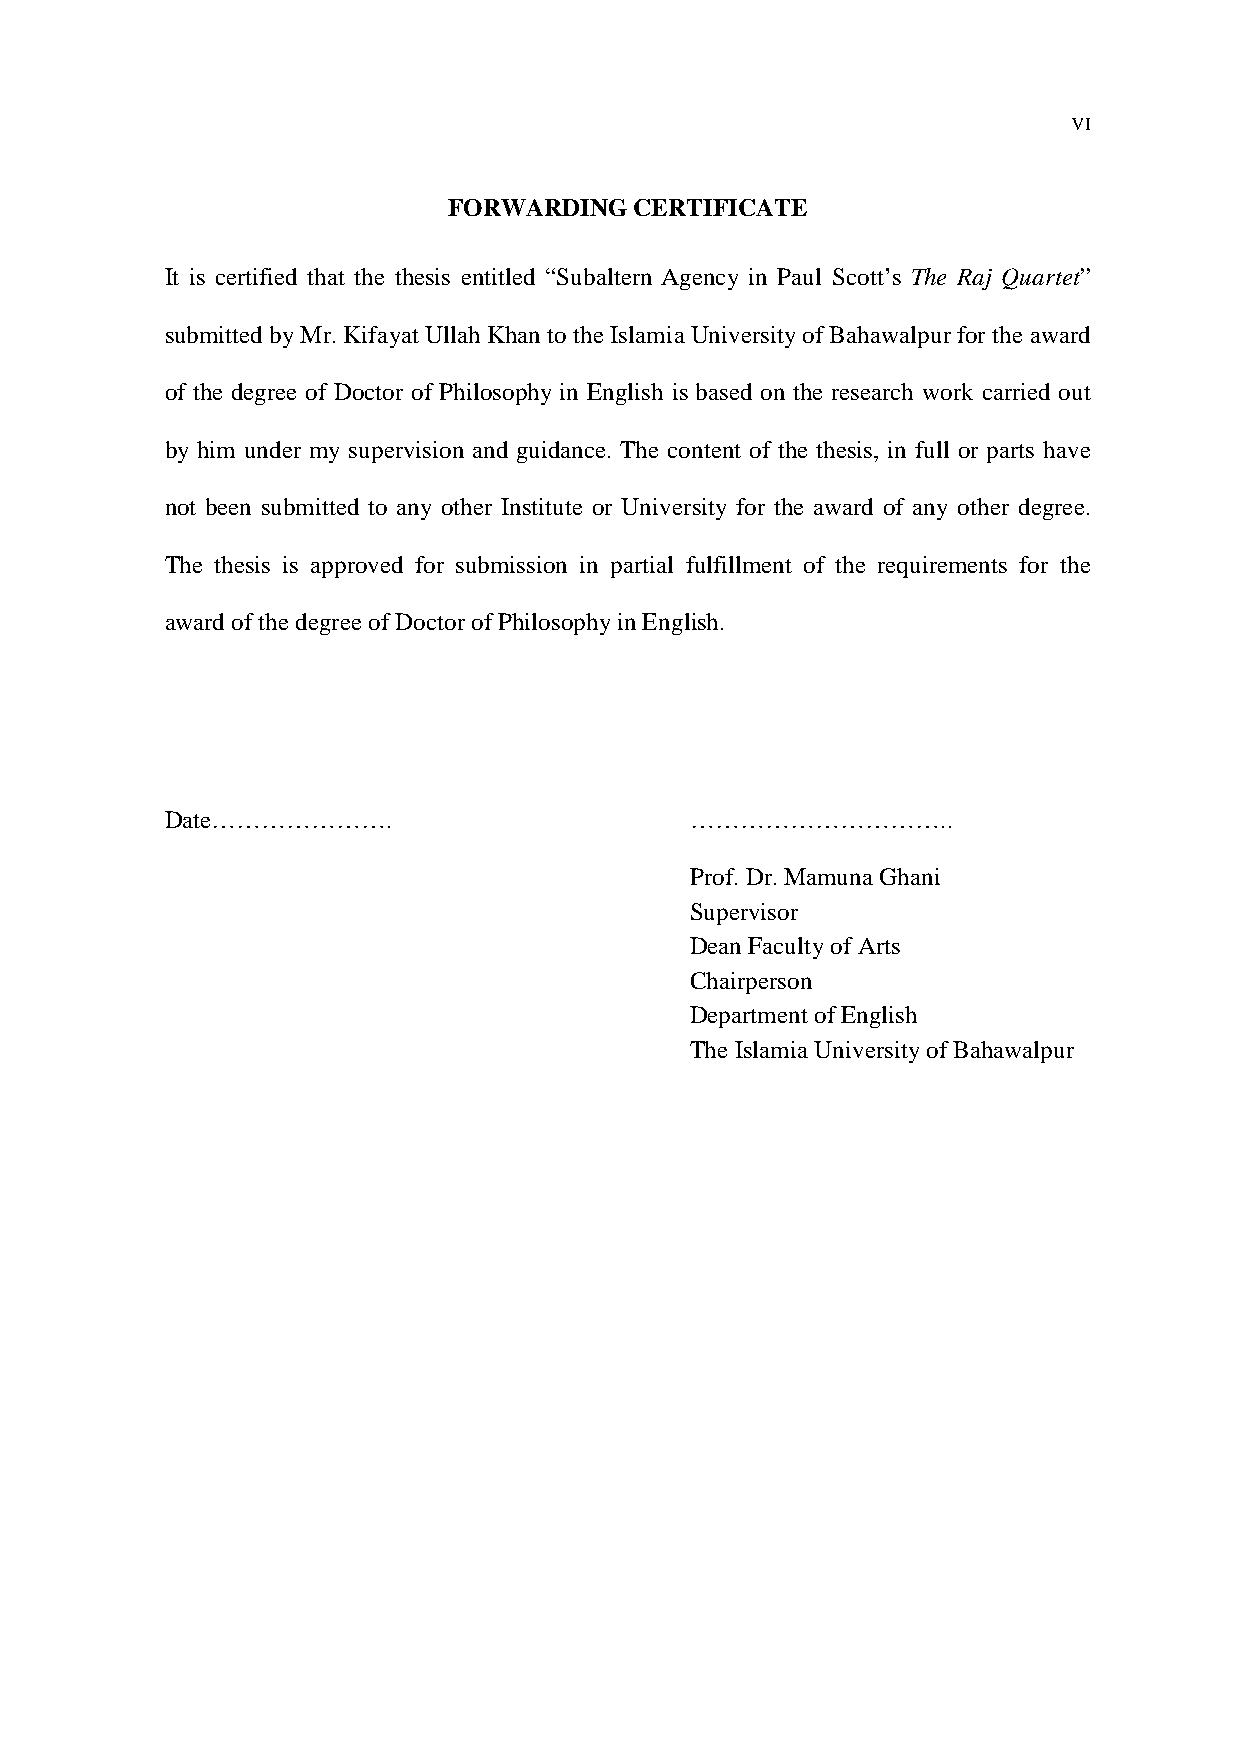
VI
 FORWARDING  CERTIFICATE
 It is certified that the thesis entitled “Subaltern Agency in Paul Scott’s The Raj Quartet”
 submitted by Mr. Kifayat Ullah Khan to the Islamia University of Bahawalpur for the award
 of the degree of Doctor of Philosophy in English is based on the research work carried out
 by him under my supervision and guidance. The content of the thesis, in full or parts have
 not been submitted to any other Institute or University for the award of any other degree.
 The thesis is approved for submission in partial fulfillment of the requirements for the
 award of the degree of Doctor of Philosophy in English.
 Date………………….                       …………………………..
 Prof. Dr. Mamuna Ghani
 Supervisor
 Dean Faculty of Arts
 Chairperson
 Department of English
 The Islamia University of Bahawalpur